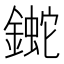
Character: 𨫯